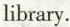
library.